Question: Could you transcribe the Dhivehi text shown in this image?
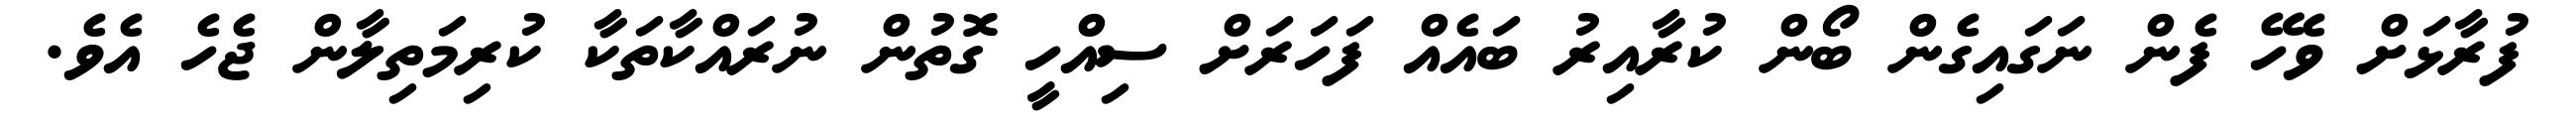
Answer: ފުރާޅަށް ވެހޭ ފެން ނަގައިގެން ބޯން ކުރާއިރު ބައެއް ފަހަރަށް ސިއްހީ ގޮތުން ނުރައްކާތަކާ ކުރިމަތިލާން ޖެހެ އެވެ.